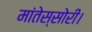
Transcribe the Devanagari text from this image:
मांतेस्सोरी।